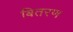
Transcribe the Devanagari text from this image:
बितरण